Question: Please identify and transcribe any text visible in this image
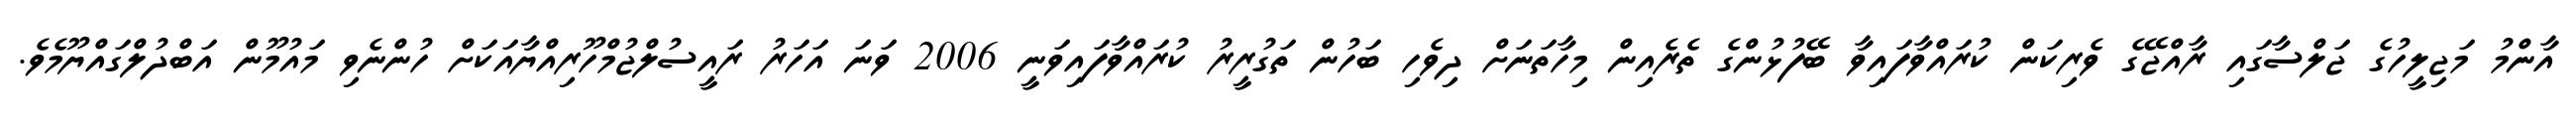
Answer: އާންމު މަޖިލީހުގެ ޖަލްސާގައި ރާއްޖޭގެ ވެރިކަން ކުރައްވާފައިވާ ބޭފުޅުންގެ ތެރެއިން މިހާތަނަށް ދިވެހި ބަހުން ތަގުރީރު ކުރައްވާފައިވަނީ 2006 ވަނަ އަހަރު ރައީސުލްޖުމްހޫރިއްޔާއަކަށް ހުންނެވި މައުމޫން އަބްދުލްގައްޔޫމެވެ.